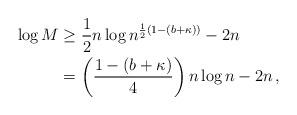
LaTeX: \begin{align*} \log M & \geq \frac{1}{2} n \log n^{\frac{1}{2}(1-(b+\kappa))} - 2n \\ & = \left( \frac{1-\left(b+\kappa\right)}{4} \right) n\log n - 2n \,, \end{align*}